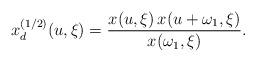
LaTeX: \begin{align*}x_d^{(1/2)}(u,\xi)={x(u,\xi)\,x(u+\omega_{1},\xi)\over x(\omega_{1},\xi)}.\end{align*}